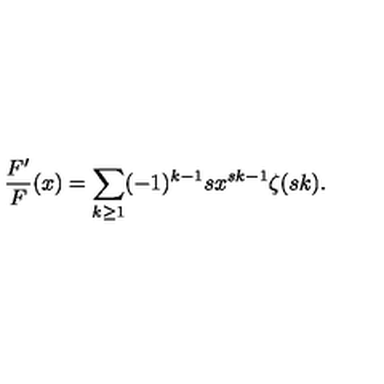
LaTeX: \frac { F ^ { \prime } } { F } ( x ) = \sum _ { k \ge 1 } ( - 1 ) ^ { k - 1 } s x ^ { s k - 1 } \zeta ( s k ) .